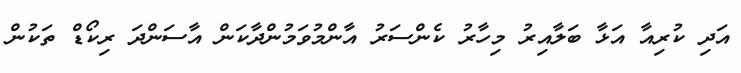
އަދި ކުރިއާ އަޅާ ބަލާއިރު މިހާރު ކެންސަރު އާންމުވަމުންދާކަން އާސަންދަ ރިކޯޑް ތަކުން